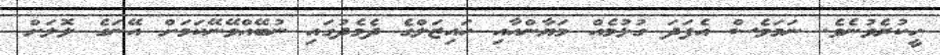
ހީކުރެވުނެވެ. ނަމަވެސް އެފަދަ ގުޅުމެއް މަޔާންއާއި ހައިޒަލްގެ ދެމެދުގައި ނުބޭއްވޭނޭކަމަށް އޭނަގެ ލޮލަށް